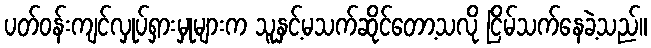
ပတ်ဝန်းကျင်လှုပ်ရှားမှုများက သူနှင့်မသက်ဆိုင်တော့သလို ငြိမ်သက်နေခဲ့သည်။